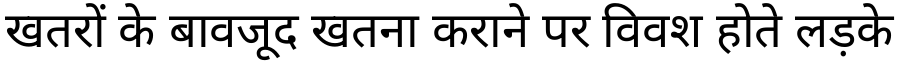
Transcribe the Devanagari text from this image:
खतरों के बावजूद खतना कराने पर विवश होते लड़के